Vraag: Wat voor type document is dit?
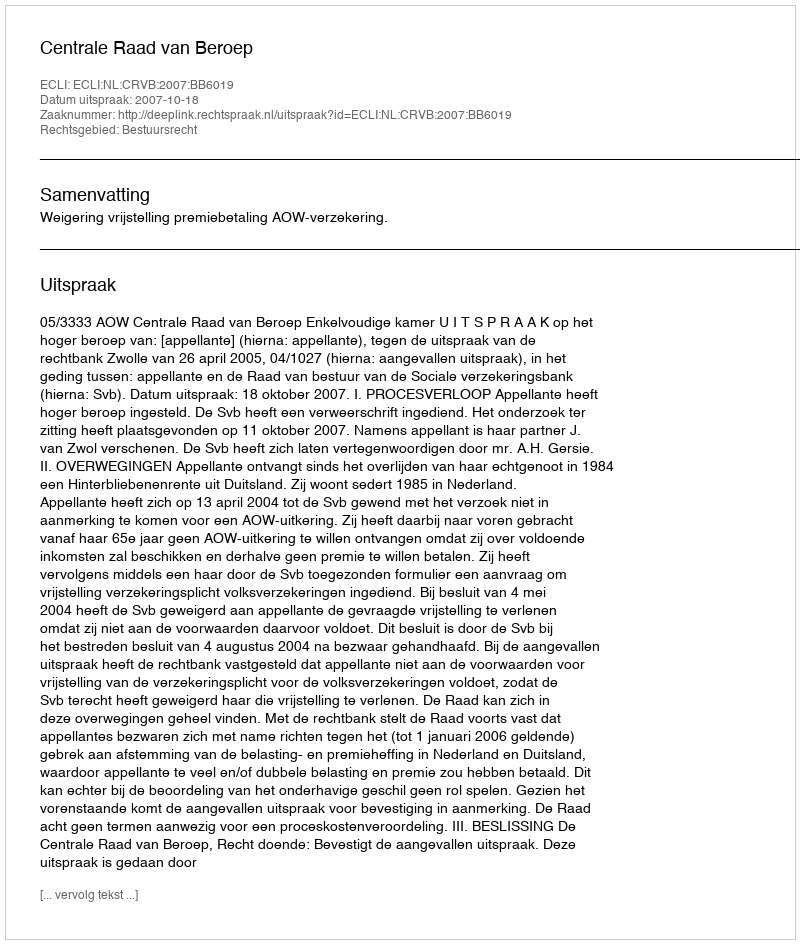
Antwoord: Uitspraak